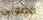
فضولى